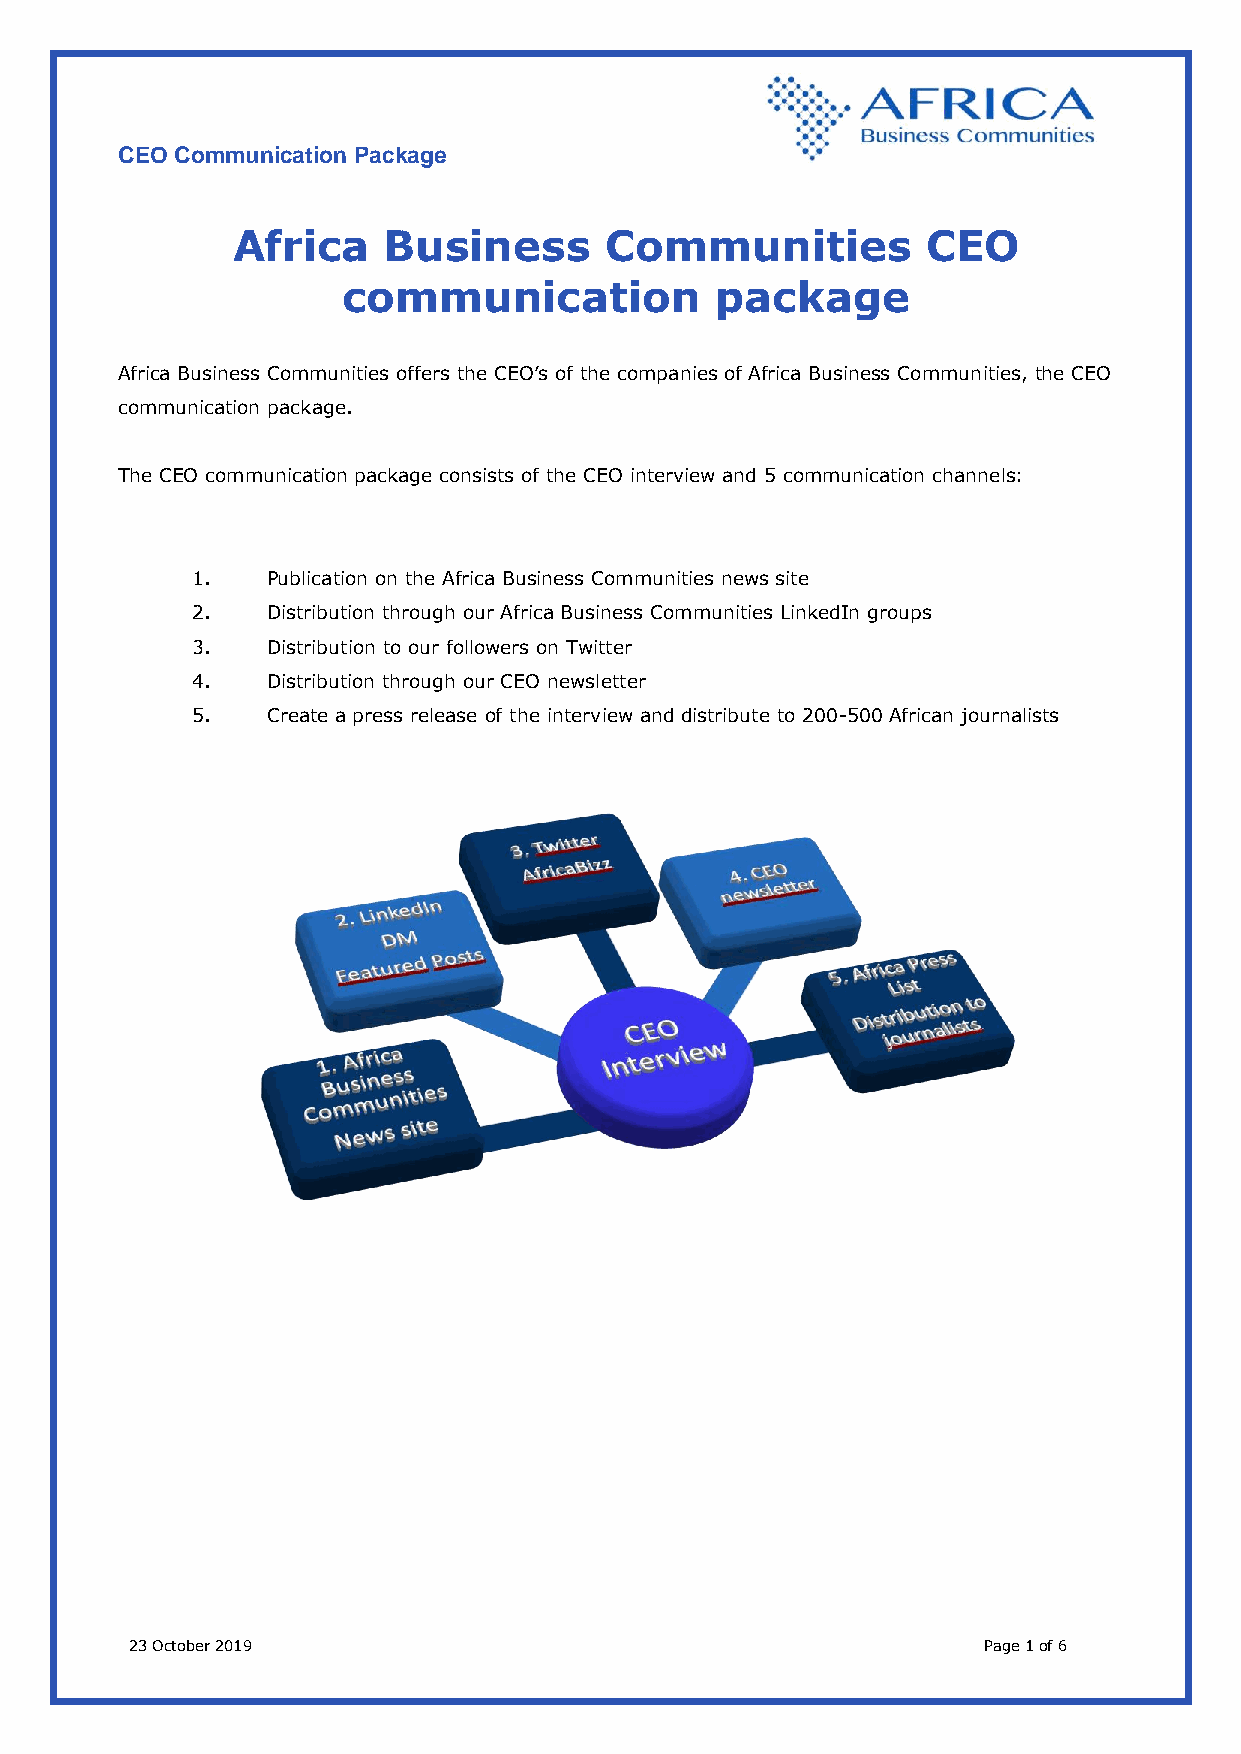
CEO Communication Package
 Africa    Business       Communities          CEO
 communication           package
 Africa Business Communities offers the CEO’s of the companies of Africa Business Communities, the CEO
 communication package.
 The CEO communication package consists of the CEO interview and 5 communication channels:
 1.   Publication on the Africa Business Communities news site
 2.   Distribution through our Africa Business Communities LinkedIn groups
 3.   Distribution to our followers on Twitter
 4.   Distribution through our CEO newsletter
 5.   Create a press release of the interview and distribute to 200-500 African journalists
 23 October 2019                                         Page 1 of 6